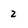
Character: 2